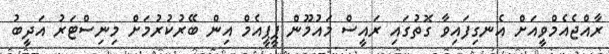
ރާއްޖެއެމްވީއަށް އެނގިފައިވާ ގޮތުގައި ރައީސް މައުމޫން ޕީޕީއެމް އިން ބޭރުކުރުމަށް މިނިސްޓަރު އަދީބު